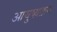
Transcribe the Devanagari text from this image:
आयुष्य़क्रम